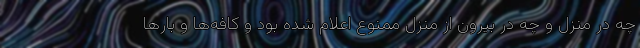
چه در منزل و چه در بیرون از منزل ممنوع اعلام شده بود و کافه‌ها و بارها